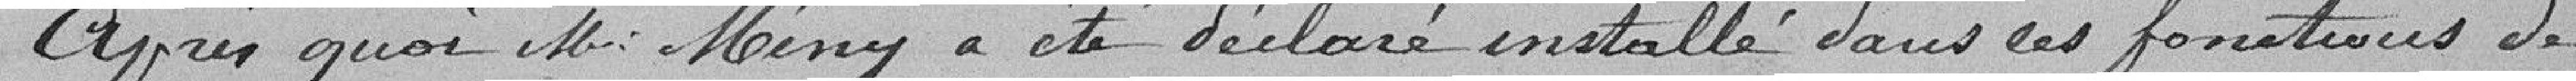
Après quoi M. Mény a été déclaré installé dans ses fonctions de